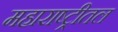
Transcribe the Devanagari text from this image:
महाराष्ट्रीतल